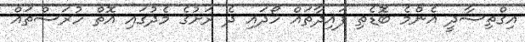
އިގްތިސާދީ އެންމެ ބޮޑެތި ފައިދާތައް ހޯދައި ދެ ރަށުގެ މެދުގައި އޮތް ހުރަސްތައް